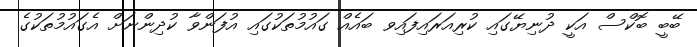
ބޭބީ ބޮކްސް އަކީ ދުނިޔޭގައި ކުރިއަރައިފައިވ ބައެއް ގައުމުތަކުގައި އުފަންވާ ކުދިންނަށް އެގައުމުތަކުގެ